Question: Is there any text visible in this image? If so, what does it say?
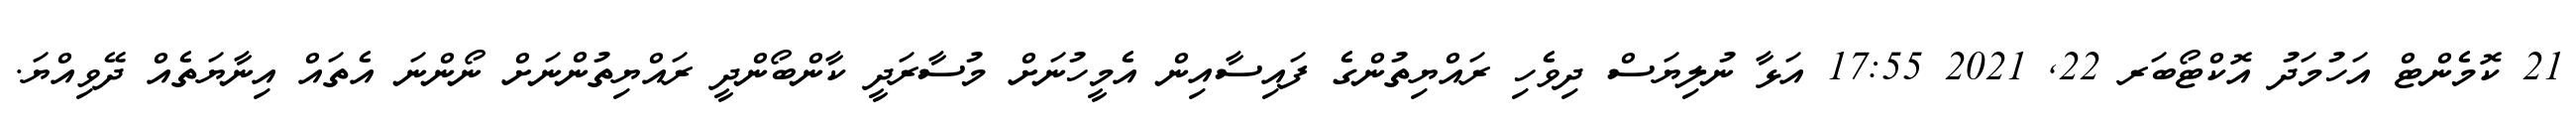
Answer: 21 ކޮމެންޓް އަހުމަދު އޮކްޓޯބަރ 22, 2021 17:55 އަޅާ ނުލިޔަސް ދިވެހި ރައްޔިތުންގެ ފައިސާއިން އެމީހުނަށް މުސާރަދީ ކާންބޯންދީ ރައްޔިތުންނަށް ނޯންނަ އެތައް އިނާޔަތެއް ދޭވިއްޔަ.